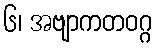
၆၊ အဗျာကတဝဂ္ဂ